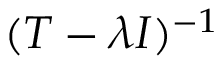
( T - \lambda I ) ^ { - 1 }